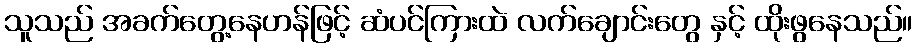
သူသည် အခက်တွေ့နေဟန်ဖြင့် ဆံပင်ကြားထဲ လက်ချောင်းတွေ နှင့် ထိုးဖွနေသည်။